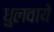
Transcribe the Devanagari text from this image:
धुलवाये